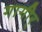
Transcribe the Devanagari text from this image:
गागीर्